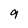
Character: 9